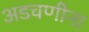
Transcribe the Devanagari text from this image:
अडचणीना